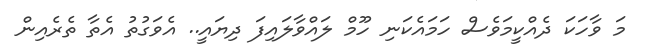
މަ ވާހަކަ ދެއްކީމަވެސް ހަމައެކަނި ހޫމް ލައްވާލައިފަ ދިޔައީ.. އެވަގުތު އެތާ ތެރެއިން